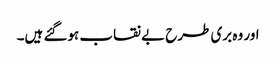
اور وہ بری طرح بے نقاب ہوگئے ہیں۔